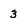
Character: 3